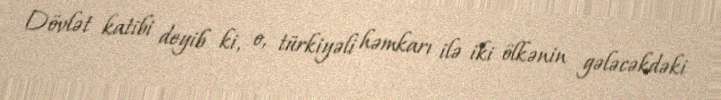
Dövlət katibi deyib ki, o, türkiyəli həmkarı ilə iki ölkənin gələcəkdəki